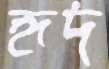
হৃদ